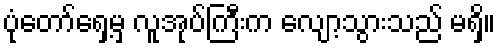
ပုံတော်ရှေ့မှ လူအုပ်ကြီးက လျော့သွားသည် မရှိ။